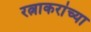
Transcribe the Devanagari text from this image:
रत्नाकरांच्या